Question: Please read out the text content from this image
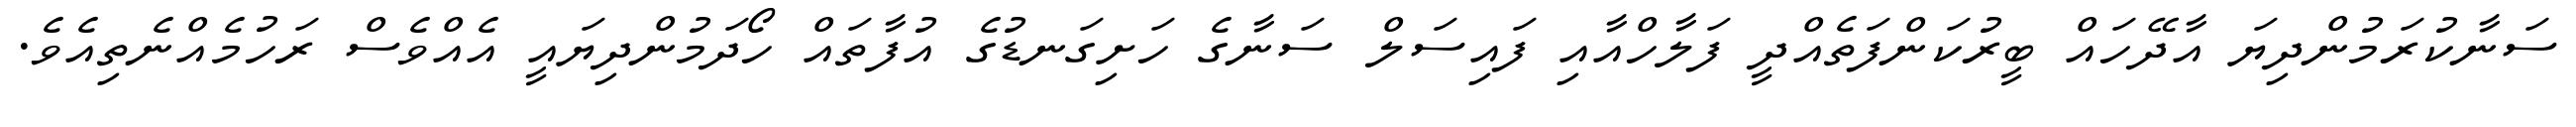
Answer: ސަނާކުރަމުންދިޔަ އާދޭހައް ބީރުކަންފަތެއްދީ ފަލާހްއާއި ފައިސަލް ސަނާގެ ހަށިގަނޑުގެ އުފާތައް ހޯދަމުންދިޔައީ އެއްވެސް ރަހުމެއްނެތިއެވެ.